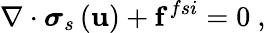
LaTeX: \nabla\cdot{\boldsymbol\sigma_{s}}\left(\mathbf{u}\right)+\mathbf{f}^{fsi}=0\mathrm{~,~}